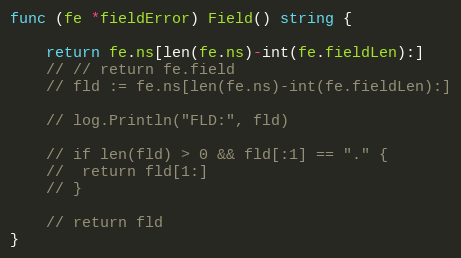
Language: Go
func (fe *fieldError) Field() string {

	return fe.ns[len(fe.ns)-int(fe.fieldLen):]
	// // return fe.field
	// fld := fe.ns[len(fe.ns)-int(fe.fieldLen):]

	// log.Println("FLD:", fld)

	// if len(fld) > 0 && fld[:1] == "." {
	// 	return fld[1:]
	// }

	// return fld
}